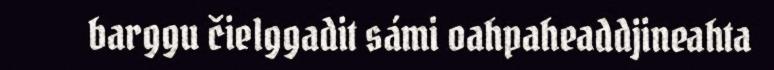
barggu čielggadit sámi oahpaheaddjineahta